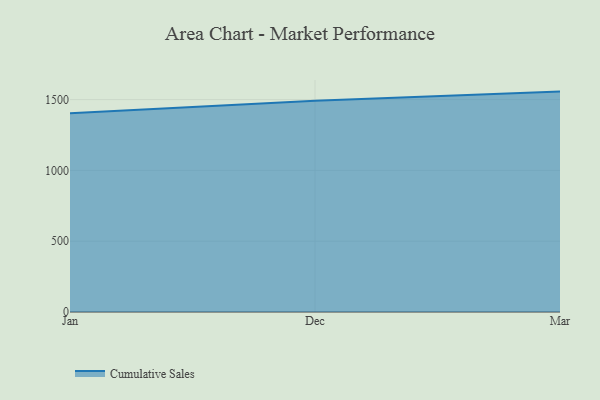
{"axis": {"x": "Month", "y": "Page Views"}, "legend": ["Cumulative Sales"], "data": [{"x": "Jan", "y": 1404.1, "type": "Cumulative Sales"}, {"x": "Dec", "y": 1492.6, "type": "Cumulative Sales"}, {"x": "Mar", "y": 1556.5, "type": "Cumulative Sales"}]}